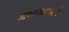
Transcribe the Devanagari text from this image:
आवळ्याप्रमाणे